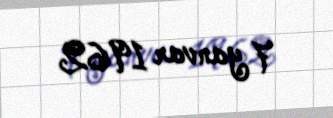
7 yanvar 1962